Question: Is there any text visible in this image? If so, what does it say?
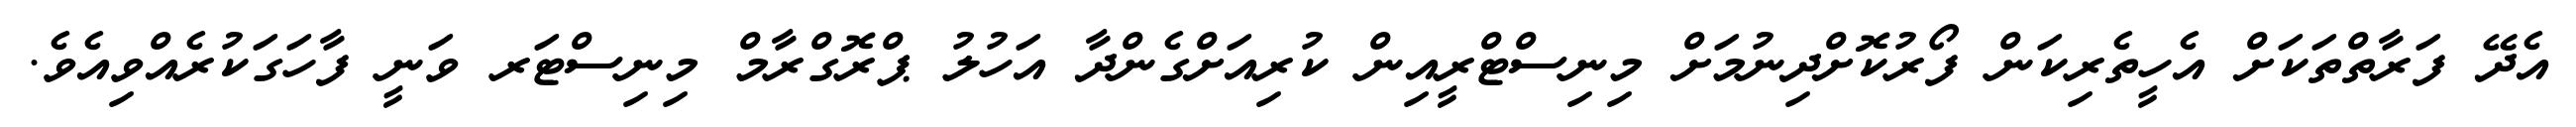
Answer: އެދޭ ފަރާތްތަކަށް އެހީތެރިކަން ފޯރުކޮށްދިނުމަށް މިނިސްޓްރީއިން ކުރިއަށްގެންދާ އަހުލު ޕްރޮގްރާމް މިނިސްޓަރ ވަނީ ފާހަގަކުރެއްވިއެވެ.